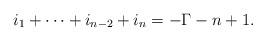
LaTeX: \begin{align*}i_1+\cdots+i_{n-2}+i_{n}=-\Gamma-n+1.\end{align*}